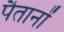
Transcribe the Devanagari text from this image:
पैतानों